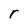
Character: r